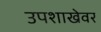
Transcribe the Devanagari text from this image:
उपशाखेवर